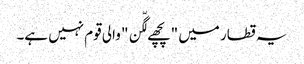
یہ قطار میں "پچھے لگّن" والی قوم نہیں ہے۔